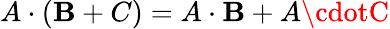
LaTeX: A\cdot(\mathbf{B}+C)=A\cdot\mathbf{B}+A\cdotC